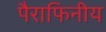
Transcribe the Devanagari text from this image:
पैराफिनीय